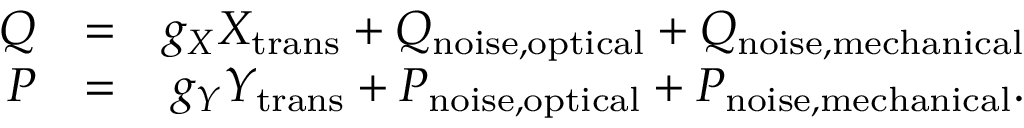
\begin{array} { r l r } { Q } & { = } & { g _ { X } X _ { \mathrm { t r a n s } } + Q _ { \mathrm { n o i s e , o p t i c a l } } + Q _ { \mathrm { n o i s e , m e c h a n i c a l } } } \\ { P } & { = } & { g _ { Y } Y _ { \mathrm { t r a n s } } + P _ { \mathrm { n o i s e , o p t i c a l } } + P _ { \mathrm { n o i s e , m e c h a n i c a l } } . } \end{array}